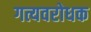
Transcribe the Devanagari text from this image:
गत्यवरोधक